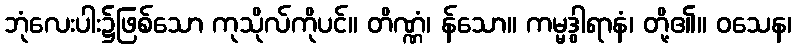
ဘုံလေးပါး၌ဖြစ်သော ကုသိုလ်ကိုပင်။ တိဏ္ဏံ၊ န်သော။ ကမ္မဒွါရာနံ၊ တို့၏။ ဝသေန၊